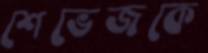
শেভেজকে